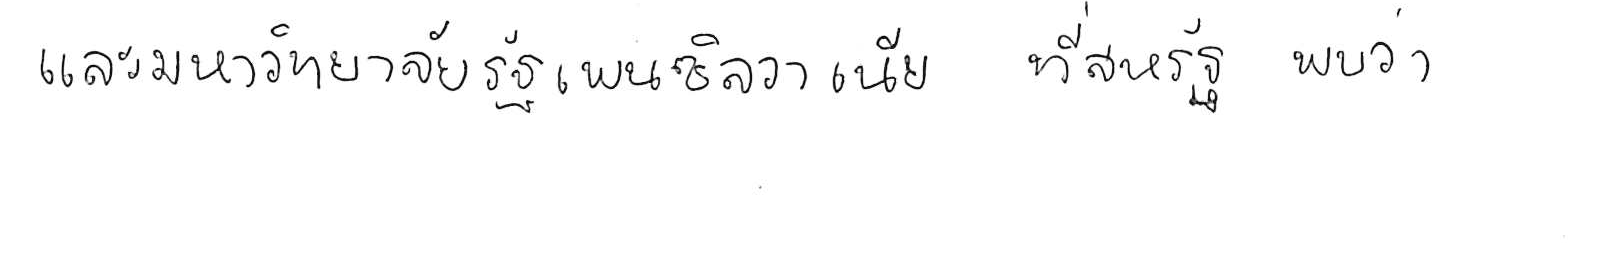
และมหาวิทยาลัยรัฐเพนซิลวาเนีย ที่สหรัฐ พบว่า